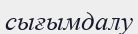
сығымдалу